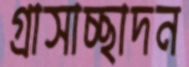
গ্রাসাচ্ছাদন